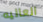
العاليه